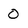
Character: 0